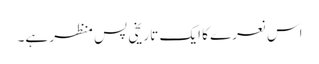
اس نعرے کا ایک تاریخی پس منظر ہے۔